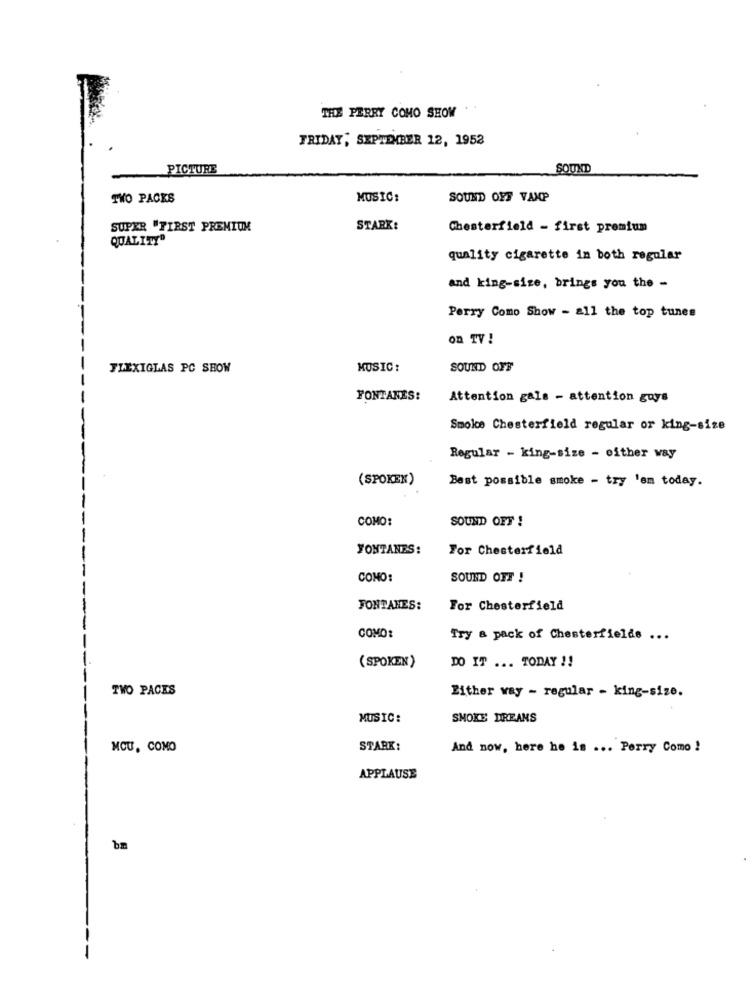
THE PERRY COMO SHOW
FRIDAY, SEPTEMBER 12, 1952
PICTURE
SOUND
TWO PACKS
MUSIC:
SOUND OFF VANP
SUPER "FIRST PRENIUM
STARK:
Chesterfield - first premium
QUALITY"
quality cigarette in both regular
and king-size, brings you the -
Perry Como Show - all the top tunes
on TV !
FLEXIGLAS PC SHOW
MUSIC:
SOUND OFF
FONTANES:
Attention gals - attention guys
Smoke Chesterfield regular or king-size
Regular - king-size - either way
(SPOKEN)
Best possible smoke - try 'em today.
COMO:
SOUND OFF !
YONTANES:
For Chesterfield
COMO:
SOUND OFF !
FONTANES:
For Chesterfield
COMO:
Try a pack of Chesterfielde ...
DO IT ... TODAY !!
( SPOKEN)
TWO PACES
Either way - regular - king-size.
MUSIC:
SMOKE DREANS
MCU, COMO
STARK:
And now, here he is ... Perry Como !
APPLAUSE
bm